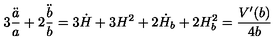
3 \frac { \ddot { a } } { a } + 2 \frac { \ddot { b } } { b } = 3 \dot { H } + 3 H ^ { 2 } + 2 \dot { H } _ { b } + 2 H _ { b } ^ { 2 } = \frac { V ^ { \prime } ( b ) } { 4 b }